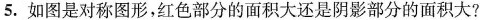
5.如图是对称图形，红色部分的面积大还是阴影部分的面积大?